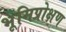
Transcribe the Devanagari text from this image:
भूमिप्रोक्षण